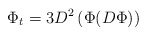
\begin{align*}\Phi_{t} = 3 D^{2} \left(\Phi (D\Phi)\right)\end{align*}